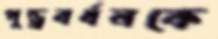
পুন্ড্রবর্ধনকে